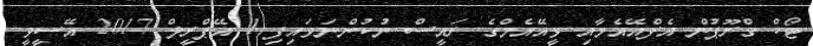
ޓޯކް ގްރޫޕުން އެފްއޭއެމާއި ވީއޭއެމްގެ ރައީސް ނުކުންނަވައިފި 1 އޭޕްރީލް 2017 އޭސީވީ